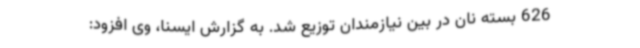
626 بسته نان در بین نیازمندان توزیع شد. به گزارش ایسنا، وی افزود: